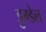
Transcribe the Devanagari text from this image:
डुग्डेल